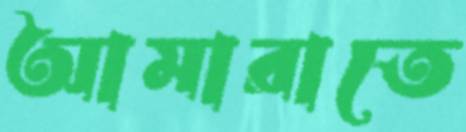
আমারাতে